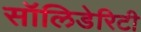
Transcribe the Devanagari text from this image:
सॉलिडेरिटी